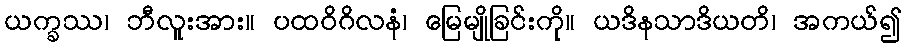
ယက္ခဿ၊ ဘီလူးအား။ ပထဝိဂိလနံ၊ မြေမျိုခြင်းကို။ ယဒိနသာဒိယတိ၊ အကယ်၍